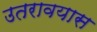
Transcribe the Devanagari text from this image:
उतरावयास